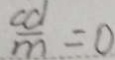
\frac { c d } { m } = 0